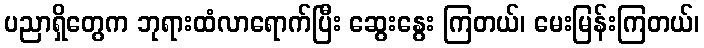
ပညာရှိတွေက ဘုရားထံလာရောက်ပြီး ဆွေးနွေး ကြတယ်၊ မေးမြန်းကြတယ်၊